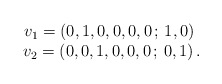
\begin{align*}\begin{array}{c}v_1=\left(0,1,0,0,0,0\, ;\,1,0\right)\ \\v_2=\left(0,0,1,0,0,0\, ;\,0,1\right).\end{array}\end{align*}